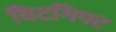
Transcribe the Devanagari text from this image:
विटगिफ्ट